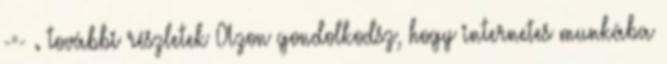
-=- . további részletek Azon gondolkodsz, hogy internetes munkába